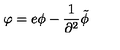
\varphi = e \phi - { \frac { 1 } { \partial ^ { 2 } } } \tilde { \phi }